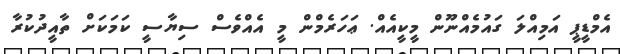
އެމްޑީޕީ އަމިއްލަ ގައުމެއްނޫން މީކީއެއް. ޢަހަރެމްން މީ އެއްވެސް ސިޔާސީ ކަމަކަށް ތާއީދުކުރާ